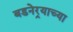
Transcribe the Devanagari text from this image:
बडनेर्‍याच्या